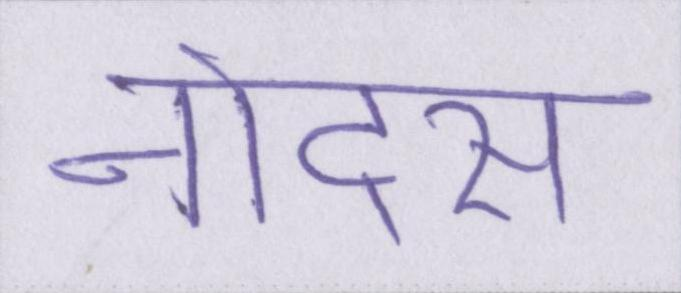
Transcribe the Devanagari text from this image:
नोट्स